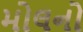
મોલનો